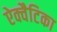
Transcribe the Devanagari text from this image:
ऐक्वैटिका